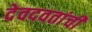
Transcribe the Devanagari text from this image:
देवदवतांची